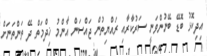
އިދިކޮޅު ބޮޑޭ ބޭނުންވަނީ ސަރުކާރާއި ރައްޔިތުން ޖައްސަން އާންމު ޚިދްމަތް ދޭ ތަންތަނަށް